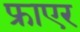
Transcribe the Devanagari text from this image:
फ्राएर